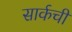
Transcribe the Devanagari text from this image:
सार्कची